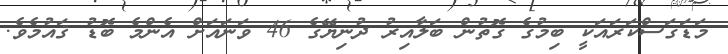
މަޑަގަސްކަރައަކީ ބިމުގެ ގޮތުން ބަލާއިރު ދުނިޔޭގެ 46 ވަނައަށް އެންމެ ބޮޑު ޤައުމެވެ.